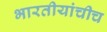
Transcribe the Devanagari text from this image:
भारतीयांचीच